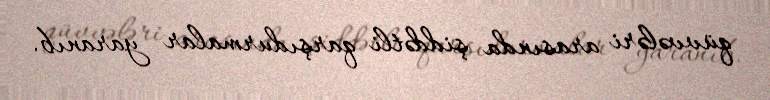
qüvvələri arasında şiddətli qarşıdurmalar yaranıb.